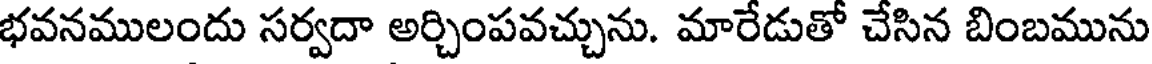
భవనములందు సర్వదా అర్చింపవచ్చును. మారేడుతో చేసిన బింబమును